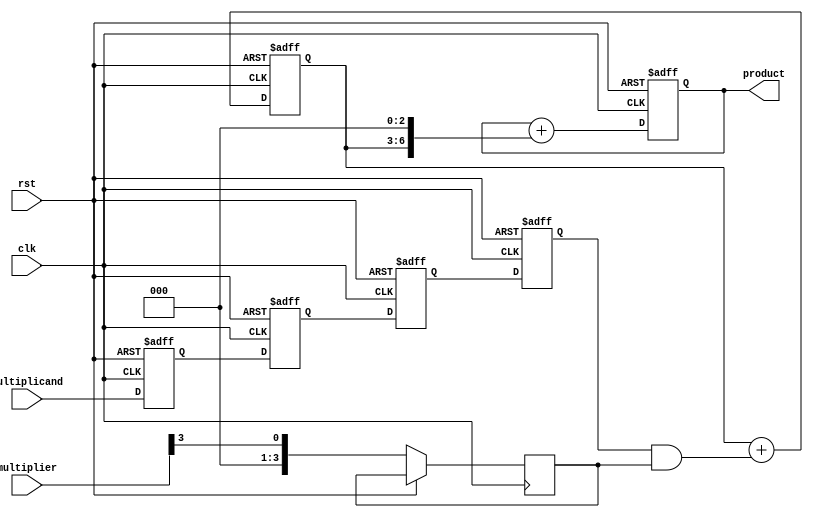
module systolic_multiplier #(parameter N = 4) (
    input clk,
    input rst,
    input [N-1:0] multiplicand, // n-bit multiplicand
    input [N-1:0] multiplier,    // n-bit multiplier
    output reg [2*N-1:0] product  // 2*n-bit product
);
    
    reg [N-1:0] p [0:N-1]; // Array for partial products
    reg [N-1:0] m [0:N-1]; // Array for shifted versions of the multiplicand
    reg [N-1:0] q;         // Current bit of the multiplier
    
    integer i, j;

    // Initialize the processing elements
    always @(posedge clk or posedge rst) begin
        if (rst) begin
            product <= 0;
            for (i = 0; i < N; i = i + 1) begin
                p[i] <= 0;
                m[i] <= 0;
            end
        end else begin
            // Load the multiplicand into the first row of PEs
            for (i = 0; i < N; i = i + 1) begin
                if (i == 0) begin
                    m[i] <= multiplicand; // Load the first multiplicand
                end else begin
                    m[i] <= m[i-1]; // Shift the multiplicand down
                end
            end
            
            // Process each bit of the multiplier
            for (j = 0; j < N; j = j + 1) begin
                q <= multiplier[j]; // Get the current bit of the multiplier
                for (i = 0; i < N; i = i + 1) begin
                    if (j == 0) begin
                        p[i] <= m[i] & {N{q}}; // Compute partial product
                    end else begin
                        p[i] <= p[i] + (m[i] & {N{q}}); // Accumulate results
                    end
                end
            end
            
            // Combine all partial products to form the final product
            product <= 0;
            for (i = 0; i < N; i = i + 1) begin
                product <= product + (p[i] << i); // Shift and accumulate
            end
        end
    end
endmodule